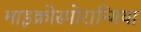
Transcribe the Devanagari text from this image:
माइक्रोस्पोरान्गिया